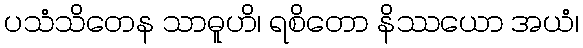
ပသံသိတေန သာဓူဟိ၊ ရစိတော နိဿယော အယံ၊